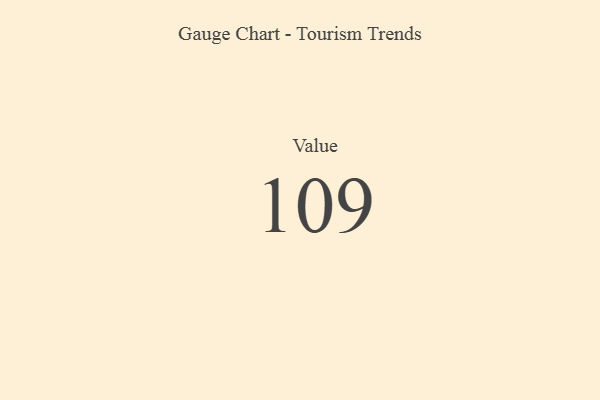
{"axis": {"x": "Metric", "y": "Value"}, "legend": [""], "data": [{"x": "Value", "y": 109, "type": ""}]}